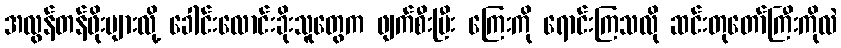
အလွန်တန်ဖိုးများလို့ ခေါင်းလောင်းခိုးသူတွေက ဖျက်စီးပြီး ကြေးကို ရောင်းကြသလို ဆင်းတုတော်ကြီးကိုလဲ